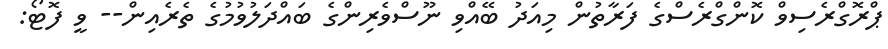
ޕްރޮގްރެސިވް ކޮންގްރެސްގެ ފަރާތުން މިއަދު ބޭއްވި ނޫސްވެރިންގެ ބައްދަލުވުމުގެ ތެރެއިން-- ވީ ފޮޓޯ: